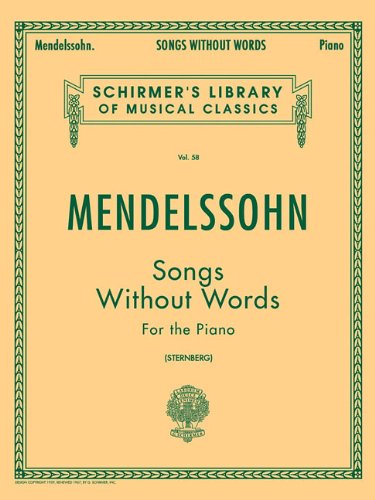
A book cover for Mendelssohn: Songs Without Words for the Piano (Schirmer's Library of Musical Classics Vol. 58); Felix Mendelssohn; Humor & Entertainment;